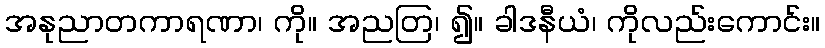
အနုညာတကာရဏာ၊ ကို။ အညတြ၊ ၍။ ခါဒနီယံ၊ ကိုလည်းကောင်း။